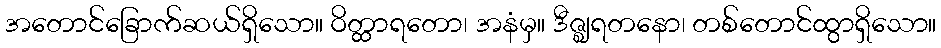
အတောင်ခြောက်ဆယ်ရှိသော။ ဝိတ္ထာရတော၊ အနံမှ။ ဒီဇ္ဈရတနော၊ တစ်တောင်ထွာရှိသော။